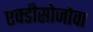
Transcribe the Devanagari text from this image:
एक्डीसोजोवा